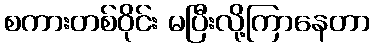
စကားတစ်ဝိုင်း မပြီးလို့ကြာနေတာ